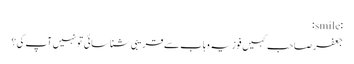
:smile:
جعفر صاحب کہیں فوزیہ وہاب سے قریبی شناسائی تو نہیں آپ کی؟